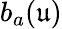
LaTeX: b_{a}(\mathfrak{u})